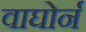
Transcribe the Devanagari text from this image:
वाघोर्न